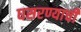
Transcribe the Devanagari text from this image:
घसरण्याची